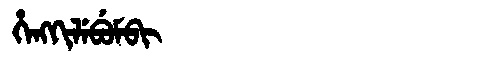
Manchu: ᡥᡝᠩᡴᡳᠯᡝᠪᡠᠮᠪᡳ
Romanization: HENGKILEBUMBI